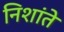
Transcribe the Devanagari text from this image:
निशांते